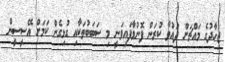
ޖިހާދުގެ މައްޗަށް ދައުވާ ކުރަން ފޮނުވާފައިވަނީ މި ސަބަބުތަކާއި ގުޅިގެން ކަމަށް އޭސީސީން